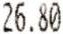
26.80